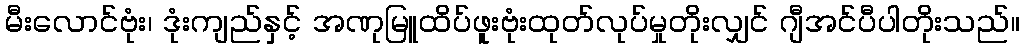
မီးလောင်ဗုံး၊ ဒုံးကျည်နှင့် အဏုမြူထိပ်ဖူးဗုံးထုတ်လုပ်မှုတိုးလျှင် ဂျီအင်ပီပါတိုးသည်။